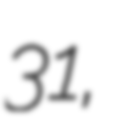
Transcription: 31,